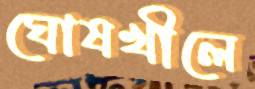
ঘোষখীলে